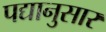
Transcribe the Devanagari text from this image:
पद्यानुसार